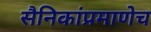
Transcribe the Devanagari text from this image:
सैनिकांप्रमाणेच